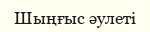
Шыңғыс әулеті